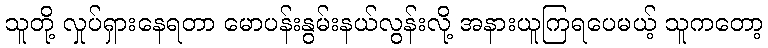
သူတို့ လှုပ်ရှားနေရတာ မောပန်းနွမ်းနယ်လွန်းလို့ အနားယူကြရပေမယ့် သူကတော့